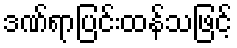
ဒဏ်ရာပြင်းထန်သဖြင့်